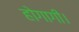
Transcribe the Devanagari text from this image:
होगागी।